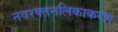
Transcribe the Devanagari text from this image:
नवरक्तनलिकाकरण